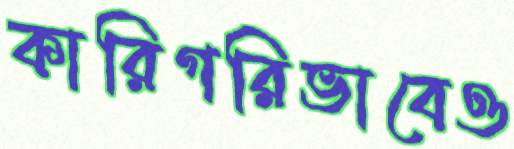
কারিগরিভাবেও